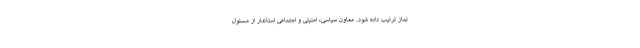
نماز ترتیب داده شود. معاون سیاسی، امنیتی و اجتماعی استاندار از مسئول